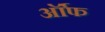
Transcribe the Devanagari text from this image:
र्ऑफ